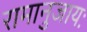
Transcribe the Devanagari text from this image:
रामानुजायः